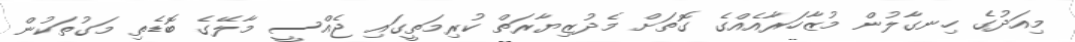
މިއަދުގެ ހިނގާލުން މުޒާހަރާއެއްގެ ގޮތަށް މެދުޒިޔާރަތް ކުރިމަތީގައި ޖެއްސީ މާލޭގެ ބޮޑެތި މަގުތަކުން